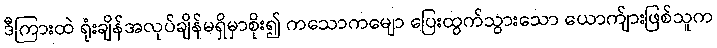
ဒီကြားထဲ ရုံးချိန်အလုပ်ချိန်မရှိမှာစိုး၍ ကသောကမျော ပြေးထွက်သွားသော ယောက်ျားဖြစ်သူက